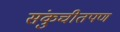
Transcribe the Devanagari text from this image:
संकुचीतपण